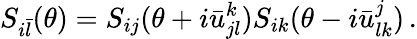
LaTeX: S_{i\bar{l}}(\theta)=S_{ij}(\theta+i\bar{u}_{jl}^{k})S_{ik}(\theta-i\bar{u}_{lk}^{j})\, .